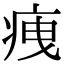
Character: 𤵺